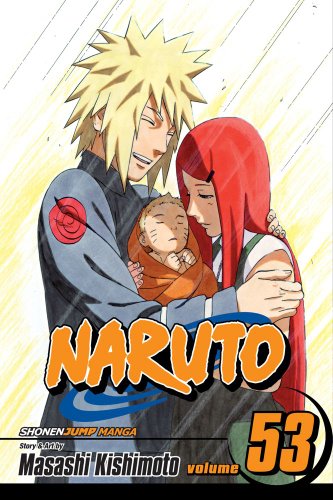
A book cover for Naruto, Vol. 53: The Birth of Naruto; Masashi Kishimoto; Teen & Young Adult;